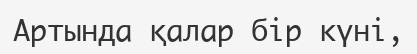
Артында қалар бір күні,